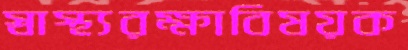
স্বাস্থ্যরক্ষাবিষয়ক